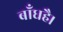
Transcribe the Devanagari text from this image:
बाँधहै।